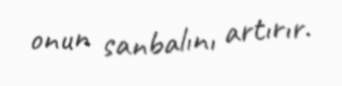
onun sanbalını artırır.